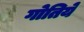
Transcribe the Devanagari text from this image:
गोतिये